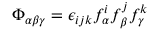
\Phi _ { \alpha \beta \gamma } = \epsilon _ { i j k } f _ { \alpha } ^ { i } f _ { \beta } ^ { j } f _ { \gamma } ^ { k }